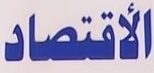
الاقتصاد